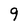
Character: 9